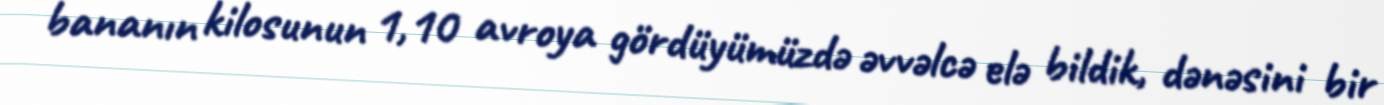
bananın kilosunun 1,10 avroya gördüyümüzdə əvvəlcə elə bildik, dənəsini bir